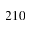
2 1 0